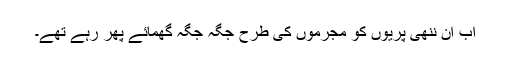
اب ان ننھی پریوں کو مجرموں کی طرح جگہ جگہ گھمائے پھر رہے تھے۔